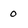
Character: 0